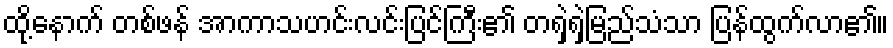
ထို့နောက် တစ်ဖန် အာကာသဟင်းလင်းပြင်ကြီး၏ တရှဲရှဲမြည်သံသာ ပြန်ထွက်လာ၏။